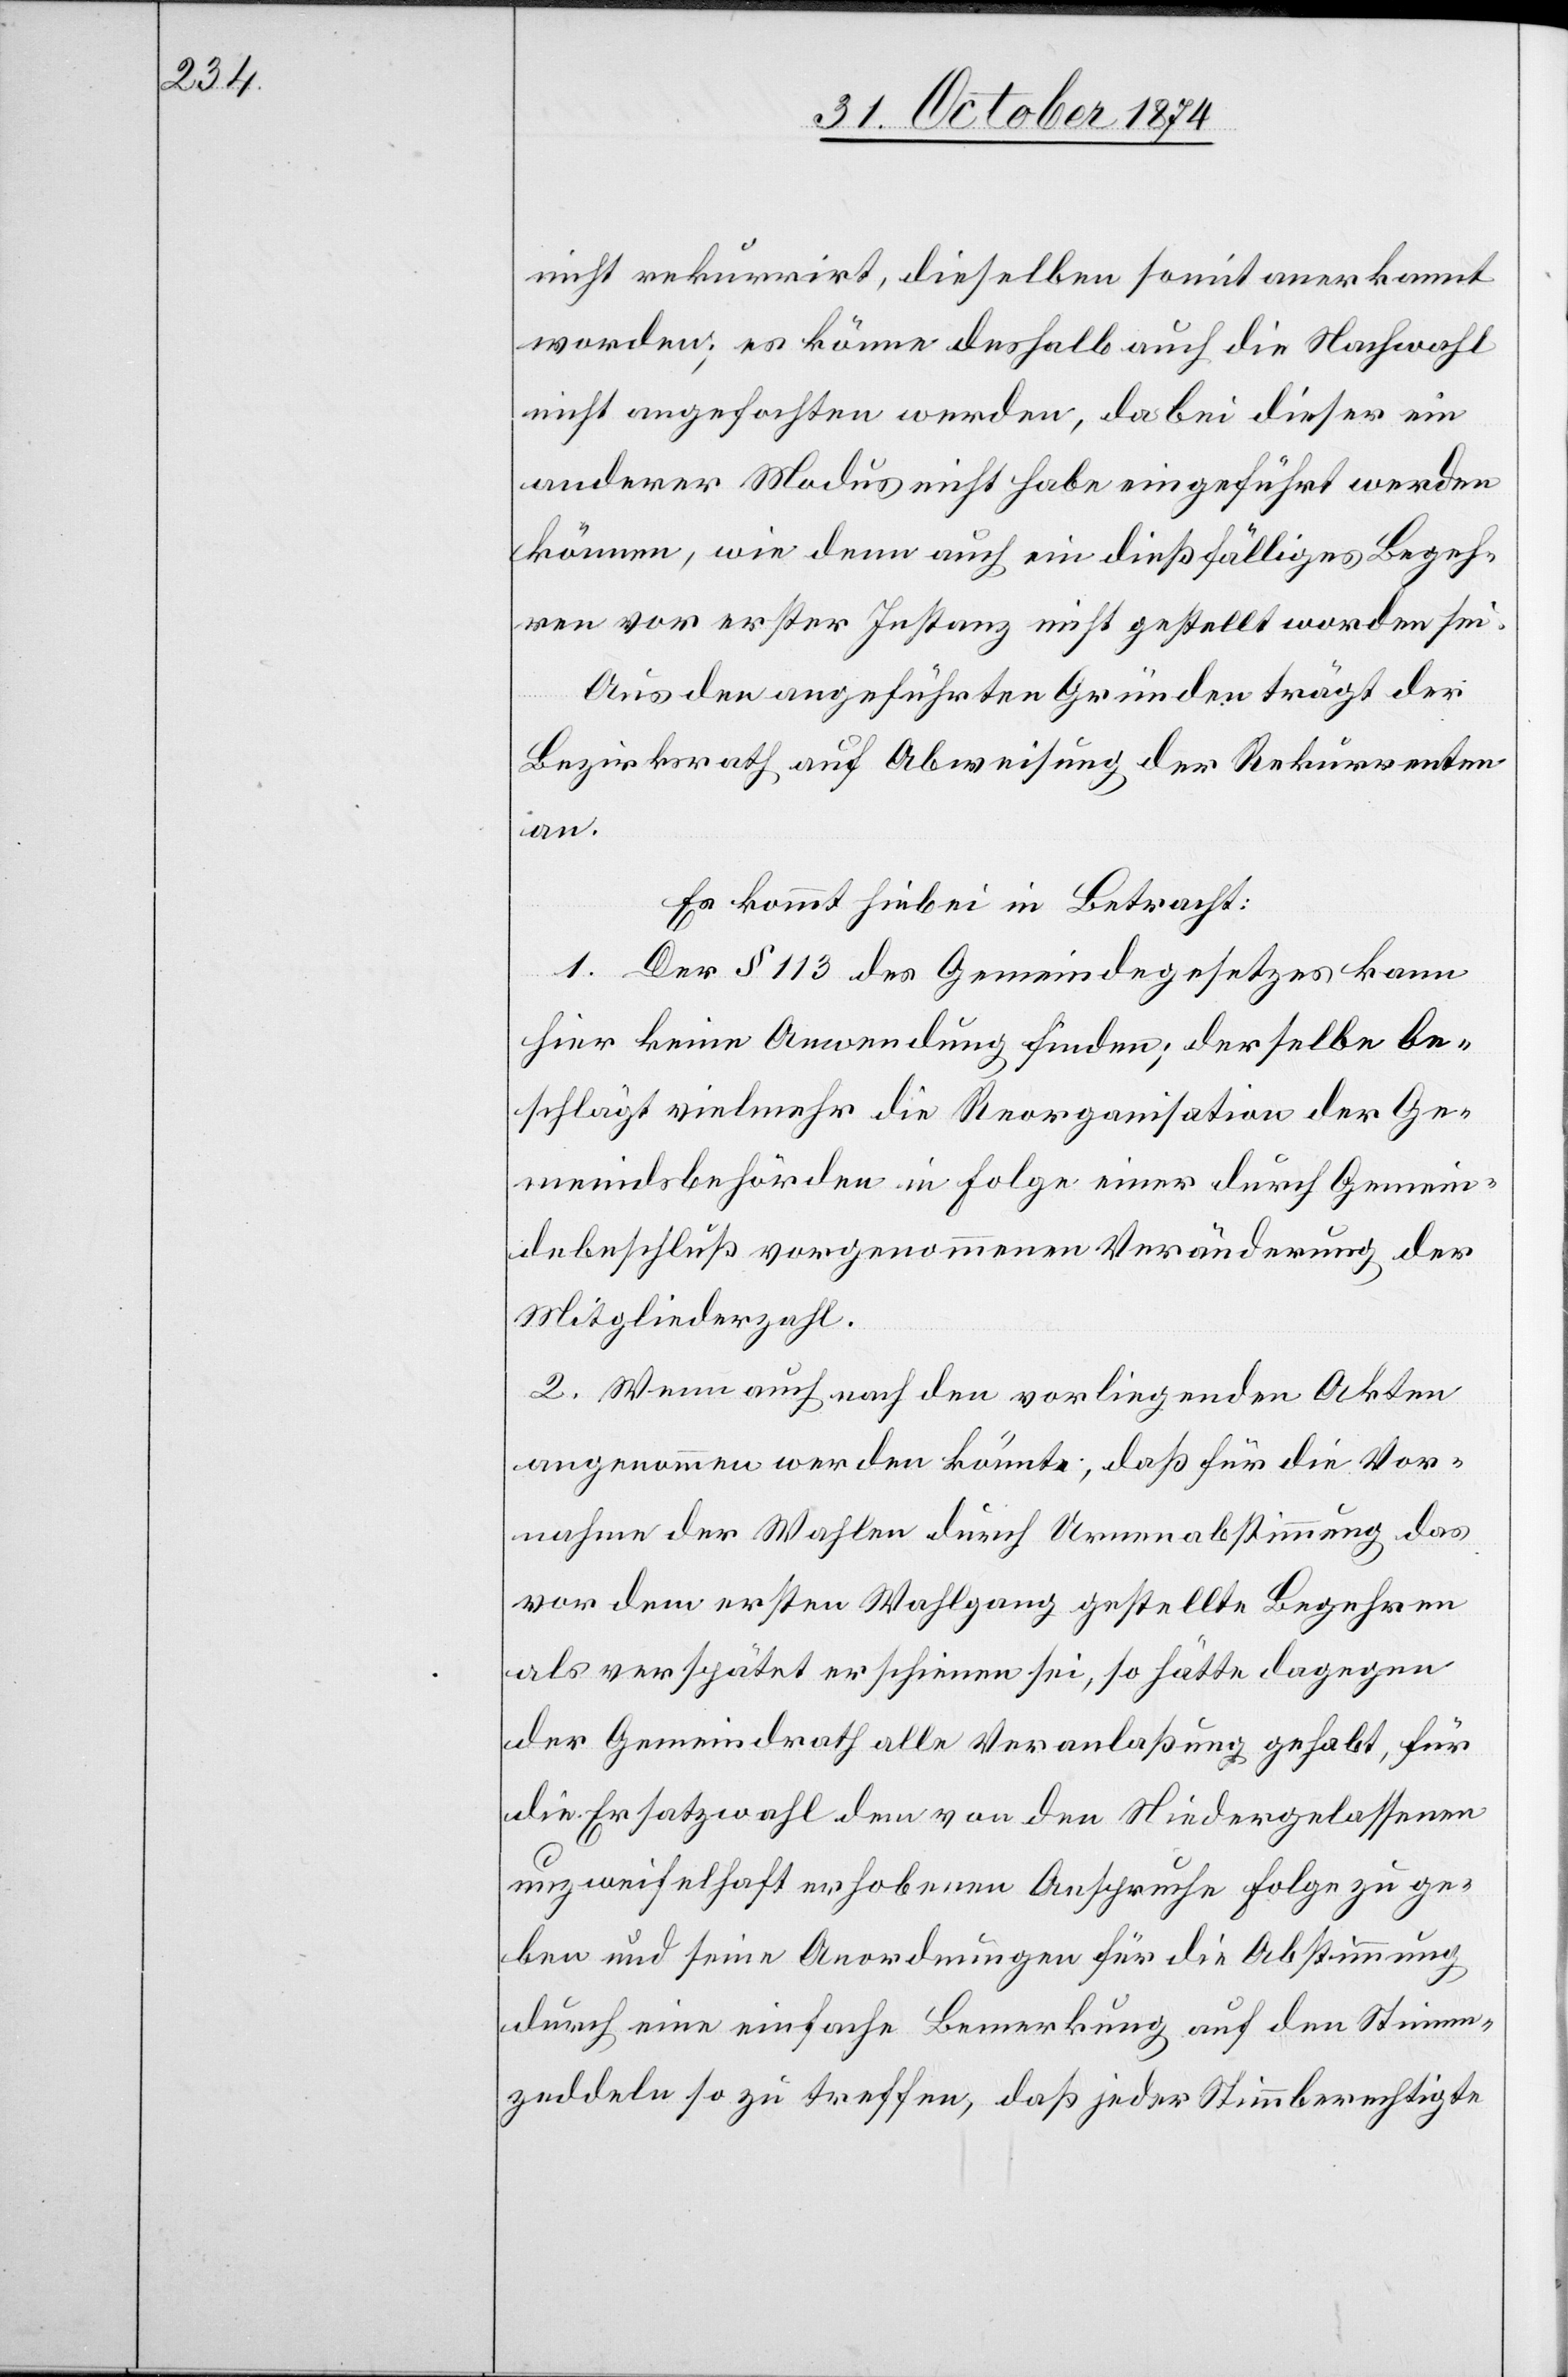
nicht rekurrirt, dieselben somit anerkannt
worden; es könne deshalb auch die Nachwahl
nicht angefochten werden, da bei dieser ein
anderer Modus nicht habe eingeführt werden
können, wie denn auch ein dießfälliges Begeh¬
ren vor erster Instanz nicht gestellt worden sei.
Aus den angeführten Gründen trägt der
Bezirksrath auf Abweisung der Rekurrenten
an.
Es kommt hiebei in Betracht:
1. Der § 113 des Gemeindegesetzes kann
hier keine Anwendung finden; derselbe be¬
schlägt vielmehr die Reorganisation der Ge¬
meindsbehörden in Folge einer durch Gemein¬
debeschluß vorgenommenen Veränderung der
Mitgliederzahl.
2. Wenn auch nach den vorliegenden Akten
angenommen werden könnte, daß für die Vor¬
nahme der Wahlen durch Urnenabstimmung das
vor dem ersten Wahlgang gestellte Begehren
als verspätet erschienen sei, so hätte dagegen
der Gemeindrath alle Veranlaßung gehabt, für
die Ersatzwahl dem von den Niedergelassenen
unzweifelhaft erhobenen Anspruche Folge zu ge¬
ben und seine Anordnungen für die Abstimmung
durch eine einfache Bemerkung auf den Stimm¬
zeddeln so zu treffen, daß jeder Stimmberechtigte